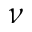
\nu